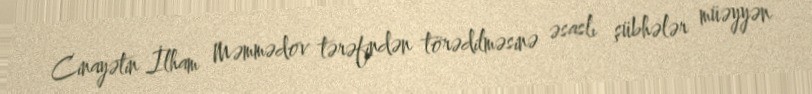
Cinayətin İlham Məmmədov tərəfindən törədilməsinə əsaslı şübhələr müəyyən